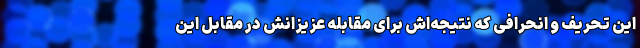
این تحریف و انحرافی که نتیجه‌اش برای مقابله عزیزانش در مقابل این